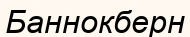
Баннокберн